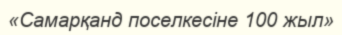
«Самарқанд поселкесіне 100 жыл»